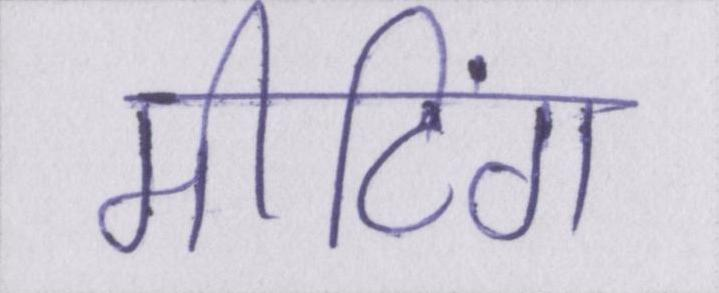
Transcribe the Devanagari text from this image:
मीटिंग